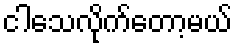
ငါသေလိုက်တော့မယ်